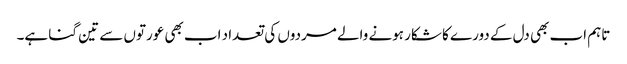
تاہم اب بھی دل کے دورے کا شکار ہونے والے مردوں کی تعداد اب بھی عورتوں سے تین گنا ہے۔